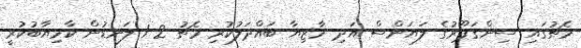
މެޗުގައި ސިންގަޕޫރުގެ ލަޔަންސް އަދި މާޒިޔާ ބައްދަލުކުރި މެޗު 2-1 ލަނޑުން ކާމިޔާބުކުރީ